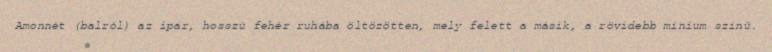
Amonnét (balról) az ipar, hosszú fehér ruhába öltözötten, mely felett a másik, a rövidebb mínium színű.